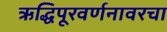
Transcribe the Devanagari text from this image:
ऋद्धिपूरवर्णनावरचा